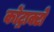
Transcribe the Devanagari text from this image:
कोंट्राक्टो